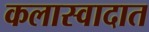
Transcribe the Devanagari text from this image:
कलास्वादात